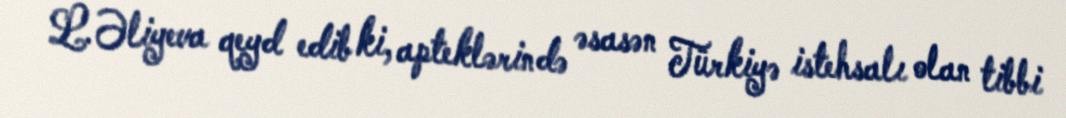
L.Əliyeva qeyd edib ki, apteklərində əsasən Türkiyə istehsalı olan tibbi